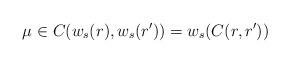
\begin{align*}\mu \in C(w_s(r),w_s(r')) = w_s(C(r,r'))\end{align*}